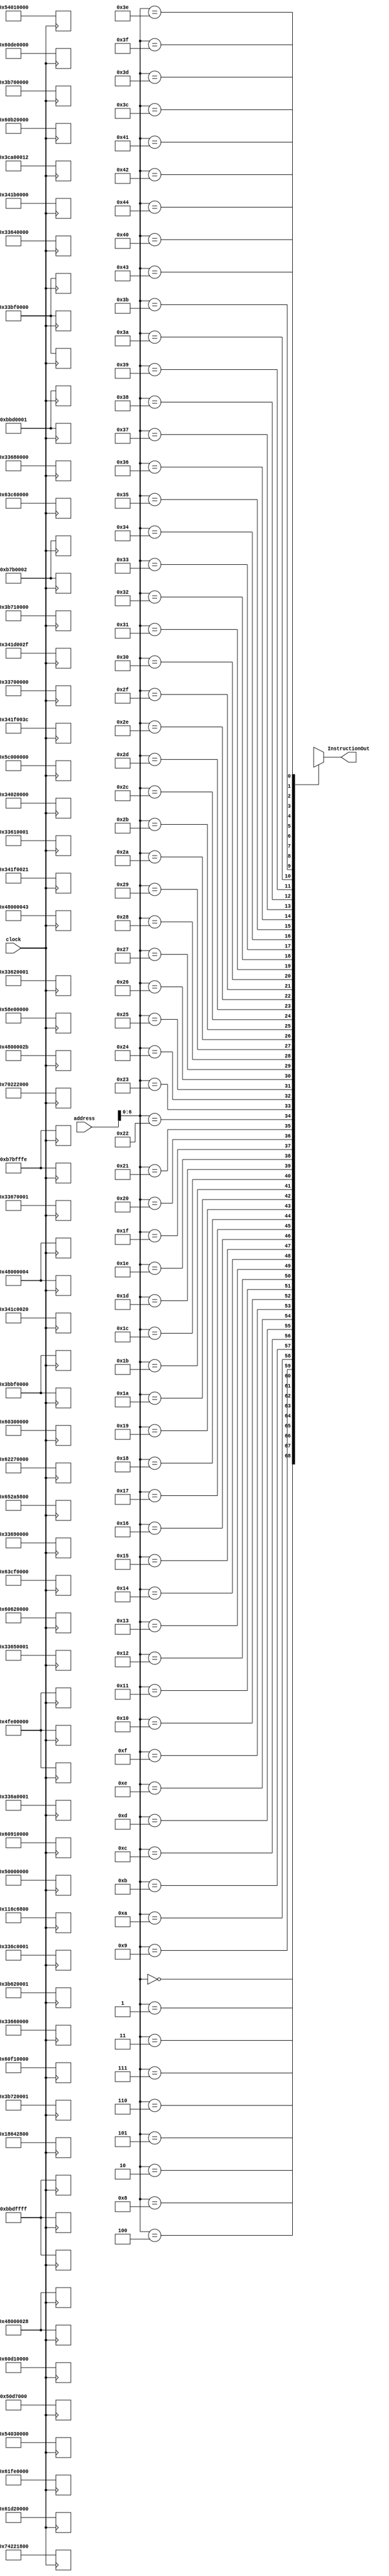
module MemoryInstruction (address, InstructionOut, clock);

	input [9:0] address;
	input clock;
	output [31:0] InstructionOut;
	reg [31:0] mem [68:0];

	
  always @ (posedge clock) begin
	
	
	/*
		//FIBONACCI 
		//1, 1, 2, 3, 5, 8, 13, 21, 34, 55, 89
		mem[0]  = 32'b010x100_00000_00000_00000_00000_000000; // nop
	   mem[1]  = 32'b001101_00000_00001_00000_00000_000001; // li r[1] = Im(1)	
		mem[2]  = 32'b001101_00000_00010_00000_00000_000001; // li r[2] = Im(1)			
		mem[3]  = 32'b001101_00000_00100_00000_00000_000000; // li r[4] = Im(0)	
		mem[4]  = 32'b010101_00000_00011_00000_00000_000000; // in reg[3] <= Valor
		mem[5]  = 32'b010110_00011_00000_00000_00000_000000; // out reg[3]	
		mem[6]  = 32'b000011_00011_00011_00000_00000_000001; // subi r[3] = r[3] - Im(1) 
		mem[7]  = 32'b001001_00000_00011_01010_00000_000000; // slt r[10] = r[0] < r[3]	
		mem[8]  = 32'b001111_01010_00000_00000_00000_001101; // beq r[10] == r[0], PC = 13
		mem[9]  = 32'b000000_00001_00100_00010_00000_000000; // add r[2] = r[1] + r[4] 
		mem[10] = 32'b000000_00000_00001_00100_00000_000000; // add (move) r[4] = r[0] + r[1]
		mem[11] = 32'b000000_00000_00010_00001_00000_000000; // add (move) r[1] = r[0] + r[2]
		mem[12] = 32'b010010_00000_00000_00000_00000_000110; // jump PC = 6
		mem[13] = 32'b001110_00000_00010_00000_00000_000011;  // sw MEM[r[0] + Im(3)] = r[2]
		mem[14] = 32'b001100_00000_01000_00000_00000_000011; // lw r[8] = MEM[r[0] + Im(3)]
		mem[17] = 32'b010110_01000_00000_00000_00000_000000; // out reg[8] 
		mem[18] = 32'b010111_00000_00000_00000_00000_000000;    //hlt
	*/
		
		/*
	   //OPERAES ARITMTICAS 
		mem[0]   = 32'b010100_00000000000000000000000000; // nop
		mem[1]   = 32'b010101_00000_00001_00000_00000_000000; // in reg[1]  // 7
		mem[2]   = 32'b010110_00001_00000_00000_00000_000000; // out reg[1]
		mem[3]   = 32'b010101_00000_00010_00000_00000_000000; // in reg[2]  //2
		mem[4]   = 32'b010110_00010_00000_00000_00000_000000; // out reg[2]
		mem[5]   = 32'b000000_00001_00010_00011_00000_000000; // add r[3] = r[1] + r[2] //9
		mem[6]   = 32'b010110_00011_00000_00000_00000_000000; // out reg[3]		
		mem[7]   = 32'b000001_00001_00010_00101_00000_000000; // sub r[5] = r[1] - r[2] //5
		mem[8]   = 32'b010110_00101_00000_00000_00000_000000; // out reg[5]
		mem[9]   = 32'b000010_00001_00100_00000_00000_000010; // addi r[4] = r[1] + Im(2) //9
		mem[10]  = 32'b010110_00100_00000_00000_00000_000000; // out reg[4]
		mem[11]  = 32'b000011_00100_00110_00000_00000_000011; // subi r[6] = r[4] - Im(3) //6
		mem[12]  = 32'b010110_00110_00000_00000_00000_000000; // out reg[6]
		mem[13]  = 32'b000100_00001_00010_01000_00000_000000; // mult r[8] = r[1] * r[2] //14
		mem[14]  = 32'b010110_01000_00000_00000_00000_000000; // out reg[8]
		mem[15]  = 32'b010111_00000_00000_00000_00000_000000;    //hlt
		*/
		
		/*
		//BRANCH E JUMP 
		mem[0]   = 32'b010100_00000000000000000000000000; // nop
		mem[1]   = 32'b010101_00000_00001_00000_00000_000000; // in reg[1] //colocar 5	
		mem[2]   = 32'b010011_00001_00000_00000_00000_000000;  //jmpr PC = reg[1]
			
		mem[5]   = 32'b010101_00000_00010_00000_00000_000000; // in reg[2] //colocar 1
		mem[6]   = 32'b010110_00010_00000_00000_00000_000000; // out reg[2]
		mem[7]   = 32'b001111_00010_00001_00000_00000_011110; // beq r[3] == r[1], PC = 30	
		mem[8]   = 32'b010100_00000_00000_00000_00000_000000; // nop	
		mem[9]   = 32'b010100_00000_00000_00000_00000_000000; // nop
		mem[10]  = 32'b010010_00000_00000_00000_00000_001111; // jump PC = 15
			
		mem[15]  = 32'b010101_00000_00010_00000_00000_000000; // in reg[2] //colocar 2	
		mem[16]  = 32'b010110_00010_00000_00000_00000_000000; // out reg[2]
		mem[17]  = 32'b010000_00001_00010_00000_00000_011101;  //bnq r[1] != r[2], PC = 29
		
		mem[29]  = 32'b001101_00000_01000_00000_00000_000000; // li r[8] = Im(0)		
		mem[30]  = 32'b010110_01000_00000_00000_00000_000000; // out reg[2]
		mem[31]  = 32'b010001_00000_01000_00000_00000_000001; // beqz PC = 1
		*/
		
		/*
		//LGICAS E SHIFT
		
		mem[0]  = 32'b010100_00000000000000000000000000; // nop
		mem[1]  = 32'b010101_00000_00001_00000_00000_000000; // in reg[1]    //COLOCAR 0
		mem[2]  = 32'b000101_00001_10000_00000_00000_000000; //not r[16] = ~r[1]	
		mem[3]  = 32'b000101_10000_10000_00000_00000_000000; //not r[16] = ~r[16]
		mem[4]  = 32'b010110_10000_00000_00000_00000_000000; // out reg[16] //SAIDA = 0
		
		mem[5]  = 32'b010101_00000_00010_00000_00000_000000; // in reg[2]  // COLOCAR 2
		mem[6]  = 32'b010110_00010_00000_00000_00000_000000; // out reg[2]
		mem[7]  = 32'b000110_00001_00010_01110_00000_000000; // and r[14] = r[1] && r[2]
		mem[8]  = 32'b010110_01110_00000_00000_00000_000000; // out reg[14] 	//SAIDA = 0 	
		
		mem[9] = 32'b000111_00010_00000_01111_00000_000000; // or r[15] = r[2] || r[0]
		mem[10] = 32'b010110_01111_00000_00000_00000_000000; // out reg[15] //SAIDA = 2	
		 
		mem[11] = 32'b001000_00010_00010_01101_00000_000000; // xor r[13] = r[2] ^ r[2]
		mem[12] = 32'b010110_01101_00000_00000_00000_000000; // out reg[13] //SAIDA = 0

		mem[13] = 32'b001010_01101_00100_00000_00001_000000; // shfl r[8] = r[13] << 1
		mem[14] = 32'b001011_00100_01011_00000_00001_000000; // shfr r[11] = r[8] >> 1
		mem[15] = 32'b010110_01011_00000_00000_00000_000000; // out reg[13] //SAIDA = 0
		*/
		
		
		/*
				//LOAD E STORE 
		mem[0]  = 32'b010100_00000000000000000000000000; // nop
		mem[1]  = 32'b010101_00000_00001_00000_00000_000000; // in reg[1]
		mem[2]  = 32'b010110_00001_00000_00000_00000_000000; // out reg[1]
		mem[3]  = 32'b001110_00000_00001_00000_00000_000011;  // sw MEM[r[0] + Im(3)] = r[1]
		mem[4]  = 32'b001100_00000_00111_00000_00000_000011; // lw r[7] = MEM[r[0] + Im(3)]
		mem[5]  = 32'b010110_00111_00000_00000_00000_000000; // out reg[7]
		*/
	
	
		
		
		/*
		//LISTA DE INSTRUES
		mem[0]  = 32'b000000_00001_00010_00011_00000_000000; // add r[3] = r[1] + r[2] 
		mem[1]  = 32'b000001_00001_00010_00101_00000_000000; // sub r[5] = r[1] - r[2] 
		mem[2]  = 32'b000010_00001_00100_00000_00000_001101; // addi r[4] = r[1] + Im(13)
		mem[3]  = 32'b000011_00100_00110_00000_00000_000111; // subi r[6] = r[4] - Im(7)
		mem[4]  = 32'b000100_00001_00010_01000_00000_000000; // mult r[8] = r[1] * r[2]
		mem[5]  = 32'b000101_00001_10000_00000_00000_000000; //not r[16] = ~r[1]
		mem[6]  = 32'b000110_00001_00010_01110_00000_000000; // and r[14] = r[1] && r[2]
		mem[7]  = 32'b000111_00001_00011_01111_00000_000000; // or r[15] = r[1] || r[3]
		mem[8]  = 32'b001000_00001_00010_01101_00000_000000; // xor r[13] = r[1] ^ r[2]	
		mem[9]  = 32'b001001_00001_00010_00111_00000_000000; // slt r[7] = r[1] < r[2]
		mem[10] = 32'b001010_01000_01100_00000_00001_000000; // shfl r[12] = r[8] << 1
		mem[11] = 32'b001011_00100_01011_00000_00001_000000; // shfr r[11] = r[4] >> 1
		mem[12] = 32'b001100_01001_01011_00000_00000_000000; // lw r[11] = MEM[r[9] + Im(0)]
		mem[13] = 32'b001101_00000_00010_00000_00000_000111; // li r[2] = Im(7)
		mem[14] = 32'b001110_01001_01011_00000_00000_000001;  // sw MEM[r[9] + Im(1)] = r[11]
		mem[15] = 32'b001111_00001_10100_00000_00000_101000; // beq r[1] == r[20], PC = 40
		mem[16] = 32'b010000_00001_10100_00000_00000_101000;  //bnq r[1] != r[20], PC = 40
		mem[17] = 32'b010001_00000_01000_00000_00000_000001; // beqz
		mem[18] = 32'b010010_00000_00000_00000_00000_011110; // jump PC = 30	
		mem[19] = 32'b010011_00001_00000_00000_00000_000000;  //jmpr PC = r[1]
		mem[20] = 32'b010100_00000_00000_00000_00000_000000; // nop
		mem[21] = 32'b010101_00000_00001_00000_00000_000000; // in reg[1]	
		mem[22] = 32'b010110_00111_00000_00000_00000_000000; // out reg[7]
		mem[23] = 32'b010111_00000_00000_00000_00000_000000;    //hlt

		*/ 
mem[0] = 32'b001101_00000_11011_0000000000000000;// ldi
mem[1] = 32'b001101_00000_11100_0000000000100000;// ldi
mem[2] = 32'b001101_00000_11101_0000000000101111;// ldi
mem[3] = 32'b010010_00000000000000000000101011;// jmp
//gcd
mem[4] = 32'b001110_11011_10001_0000000000000000;// str
mem[5] = 32'b001110_11011_10010_0000000000000001;// str
mem[6] = 32'b001100_11011_00001_0000000000000001;// load
mem[7] = 32'b001101_00000_00010_0000000000000000;// ldi
mem[8] = 32'b011101_00001_00010_00011_00000000000;// sge
mem[9] = 32'b011100_00001_00010_00100_00000000000;// sle
mem[10] = 32'b000110_00011_00100_00101_00000000000;// and
mem[11] = 32'b001111_00101_00000_0000000000010010;// beq
mem[12] = 32'b001100_11011_00110_0000000000000000;// load
mem[13] = 32'b011000_00110_11110_00000_00000000000;// move
mem[14] = 32'b000010_11101_11101_1111111111111111;// addi
mem[15] = 32'b001100_11101_11111_0000000000000000;// load
mem[16] = 32'b010011_11111_00000_0000000000000000;// jr
mem[17] = 32'b010010_00000000000000000000101000;// jmp
//L0
mem[18] = 32'b001100_11011_00111_0000000000000001;// load
mem[19] = 32'b011000_00111_10001_00000_00000000000;// move
mem[20] = 32'b001100_11011_01000_0000000000000000;// load
mem[21] = 32'b001100_11011_01001_0000000000000000;// load
mem[22] = 32'b001100_11011_01010_0000000000000001;// load
mem[23] = 32'b011001_01001_01010_01011_00000000000;// divi
mem[24] = 32'b001100_11011_01100_0000000000000001;// load
mem[25] = 32'b000100_01011_01100_01101_00000000000;// mult
mem[26] = 32'b000001_01000_01101_01110_00000000000;// sub
mem[27] = 32'b011000_01110_10010_00000_00000000000;// move
mem[28] = 32'b000010_11011_11011_0000000000000010;// addi
mem[29] = 32'b001101_00000_11111_0000000000100001;// ldi
mem[30] = 32'b001110_11101_11111_0000000000000000;// str
mem[31] = 32'b000010_11101_11101_0000000000000001;// addi
mem[32] = 32'b010010_00000000000000000000000100;// jmp
mem[33] = 32'b011000_11110_01111_00000_00000000000;// move
mem[34] = 32'b000010_11011_11011_1111111111111110;// addi
mem[35] = 32'b011000_01111_11110_00000_00000000000;// move
mem[36] = 32'b000010_11101_11101_1111111111111111;// addi
mem[37] = 32'b001100_11101_11111_0000000000000000;// load
mem[38] = 32'b010011_11111_00000_0000000000000000;// jr
mem[39] = 32'b010010_00000000000000000000101000;// jmp
//L1
mem[40] = 32'b000010_11101_11101_1111111111111111;// addi
mem[41] = 32'b001100_11101_11111_0000000000000000;// load
mem[42] = 32'b010011_11111_00000_0000000000000000;// jr
//main
mem[43] = 32'b001100_11011_10000_0000000000000000;// load
mem[44] = 32'b010101_00000_00001_00000_00000000000;// in
mem[45] = 32'b011000_00001_10000_00000_00000000000;// move
mem[46] = 32'b001110_11011_10000_0000000000000000;// str
mem[47] = 32'b001100_11011_00010_0000000000000001;// load
mem[48] = 32'b010101_00000_00011_00000_00000000000;// in
mem[49] = 32'b011000_00011_00010_00000_00000000000;// move
mem[50] = 32'b001110_11011_00010_0000000000000001;// str
mem[51] = 32'b001100_11011_00100_0000000000000000;// load
mem[52] = 32'b011000_00100_10001_00000_00000000000;// move
mem[53] = 32'b001100_11011_00101_0000000000000001;// load
mem[54] = 32'b011000_00101_10010_00000_00000000000;// move
mem[55] = 32'b000010_11011_11011_0000000000000010;// addi
mem[56] = 32'b001101_00000_11111_0000000000111100;// ldi
mem[57] = 32'b001110_11101_11111_0000000000000000;// str
mem[58] = 32'b000010_11101_11101_0000000000000001;// addi
mem[59] = 32'b010010_00000000000000000000000100;// jmp
mem[60] = 32'b011000_11110_00110_00000_00000000000;// move
mem[61] = 32'b000010_11011_11011_1111111111111110;// addi
mem[62] = 32'b011000_00110_10001_00000_00000000000;// move
mem[63] = 32'b011000_10001_00111_00000_00000000000;// move
mem[64] = 32'b010110_00111_00000_0000000000000000;// out
mem[65] = 32'b010100_00000000000000000000000000;// nop
mem[66] = 32'b010010_00000000000000000001000011;// jmp
//end
mem[67] = 32'b010111_00000000000000000000000000;// halt

  end
  
  assign InstructionOut = mem[address];
  
 endmodule